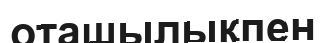
оташылықпен